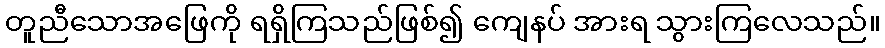
တူညီသောအဖြေကို ရရှိကြသည်ဖြစ်၍ ကျေနပ် အားရ သွားကြလေသည်။